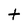
Character: t